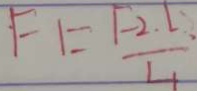
F _ { 1 } = \frac { F - 2 . l . } { 1 1 }